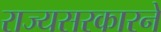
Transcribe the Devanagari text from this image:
राज्यसरकारने